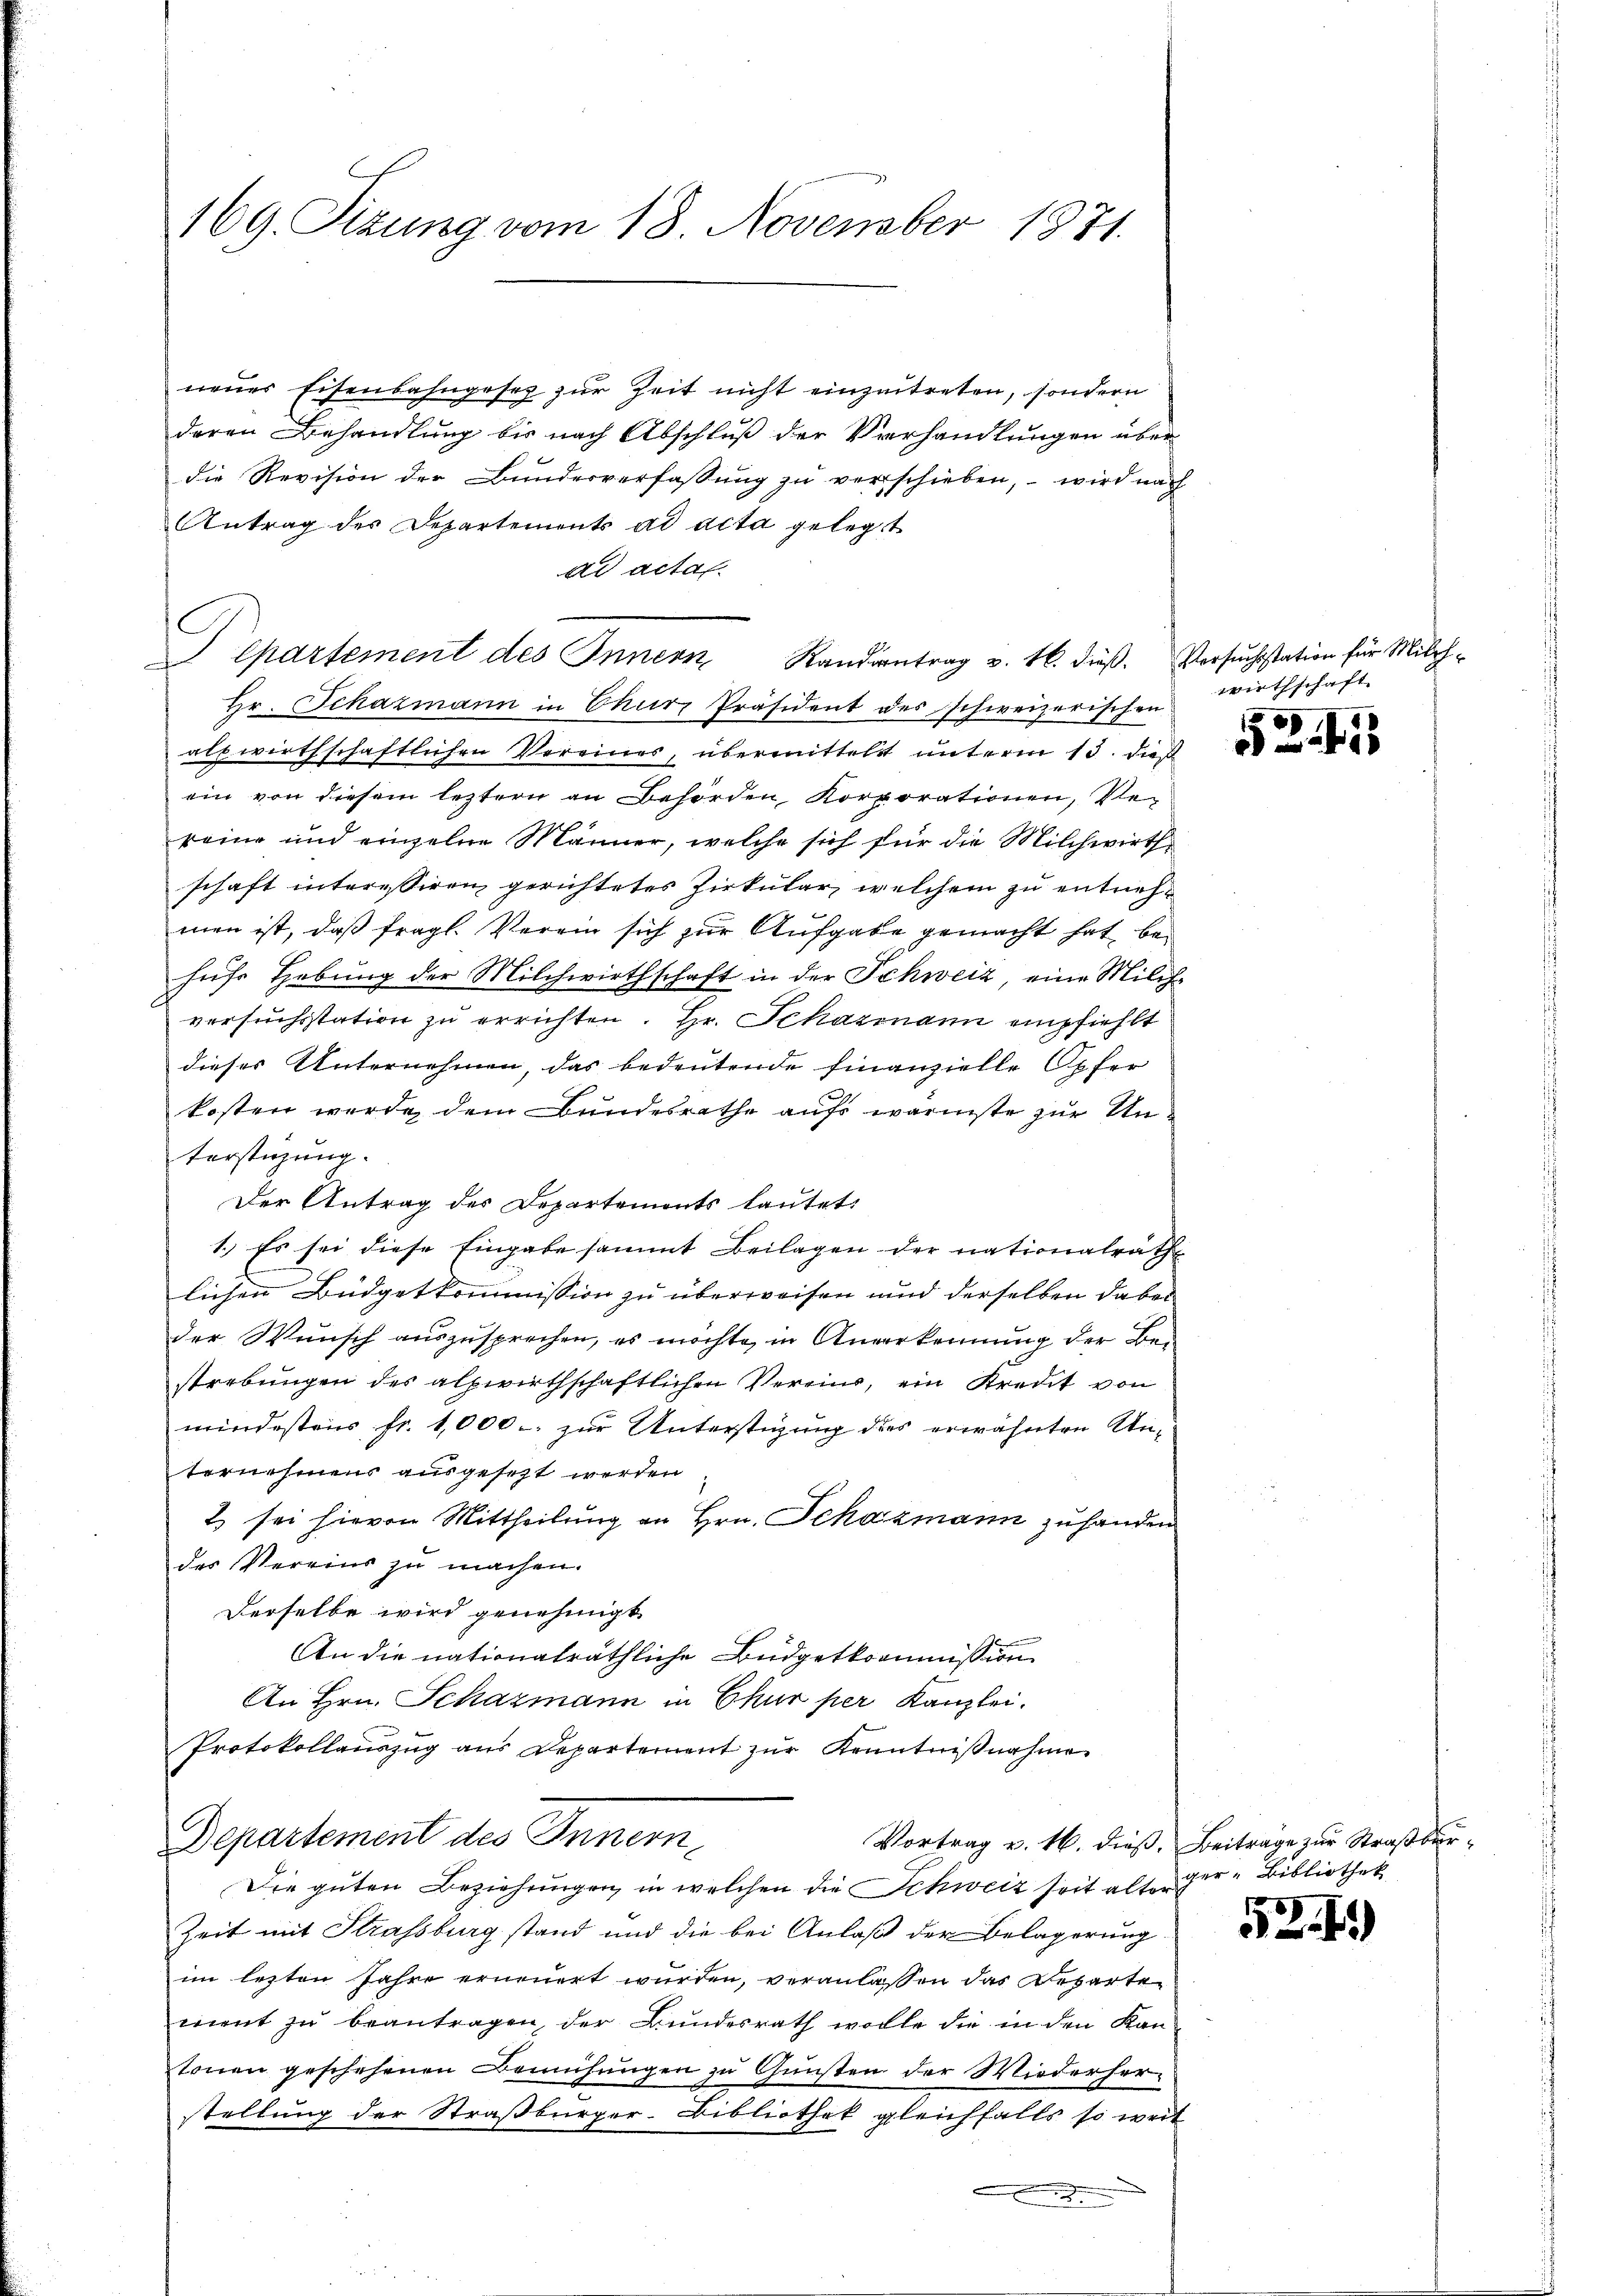
169. Sizung vom 18. November 1871.

neues Eisenbahngesez zur Zeit nicht einzutreten, sondern
deren Behandlung bis nach Abschluß der Verhandlungen über
die Revision der Bundesverfassŭng zŭ verschieben, wird nach
Antrag der Departements ad acta gelegt
dd actal
Pepartement des Innern Kandientrag v. 16. dieß. Versuchestation für Milch-
Hr. Schazmann in Chur, Präsident des schweizerischen
abswirthschaftlichen Vereines, übermittelst unterm 13. dieß
ein von diesem leztern an Behörden, Korporationen, Ver
keine und einzelne Männer, welche sich für die Milchwirth
schaft interessiren gerichtetes Zirkular welchem zu entnehmen ist, daß fragl. Verein sich zur Aufgabe gemacht hat behiefe Hebung der Milchwirthschaft in der Schweiz, eine Milch-
versuchsstation zu errichten. Hr. Schazmann empfiehlt
dieser Unternehmen, das bedeutende finanzielle Opfer
kosten werde, dem Bundesrathe aufs wärmste zur Unterstüzung.
Der Antrag der Departements lautet.
1.) Es sei diese Eingabe sammt Beilagen der nationalrath
lichen Büdgetkommission zu überweisen und derselben dabei
der Wunsch auszusprechen, es möchte, in Anverkennung der Be-
strebungen des alpwirthschaftlichen Vereins, ein Kredit von
mindesten fr. 1,000. zur Unterstigung des erwähnten Un-
ternehmens ausgesezt werden
2 sei hievon Mittheilung an Hrn. Schazmann zuhanden
des Vereins zu machen.
Derselbe wird genehmigt
An die nationalräthliche Büdgetkommission
An Hrn. Schazmann in Chur per Kanzlei.
Protokollauszug aus Departement zur Kenntnißnahme
Departement des Innern,
Vortrag v. 16. dieß, Beitrage zur Straßbur¬
Die guten Beziehŭngen, in welchen die Schweiz seit alte ger-Bibliothek
Zeit mit Strassburg stand und die bei Anlaß der Belagerung
im lezten Jahre erneuert wurden, veranlassen das Reparte
ment zu beantragen, der Bundesrath wolle die in den Kantonen geschehenen Bemühungen zu Gunsten der Wiederher-
stellung der Straßburger-Bibliothek gleichfalls so weit

Wirthschaft
100

3

524)